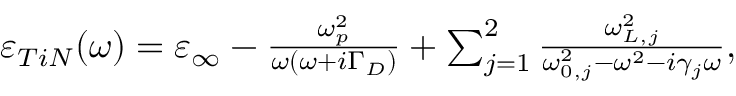
\begin{array} { r } { \varepsilon _ { T i N } ( \omega ) = \varepsilon _ { \infty } - \frac { \omega _ { p } ^ { 2 } } { \omega ( \omega + i \Gamma _ { D } ) } + \sum _ { j = 1 } ^ { 2 } \frac { \omega _ { L , j } ^ { 2 } } { \omega _ { 0 , j } ^ { 2 } - \omega ^ { 2 } - i \gamma _ { j } \omega } , } \end{array}